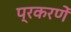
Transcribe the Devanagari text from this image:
प्रकरणें